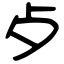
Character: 歺